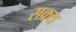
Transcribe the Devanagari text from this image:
सक्र्य